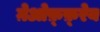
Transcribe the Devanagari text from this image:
ग़ेओफ़्फ़्रेय